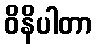
ဝိနိပါတာ